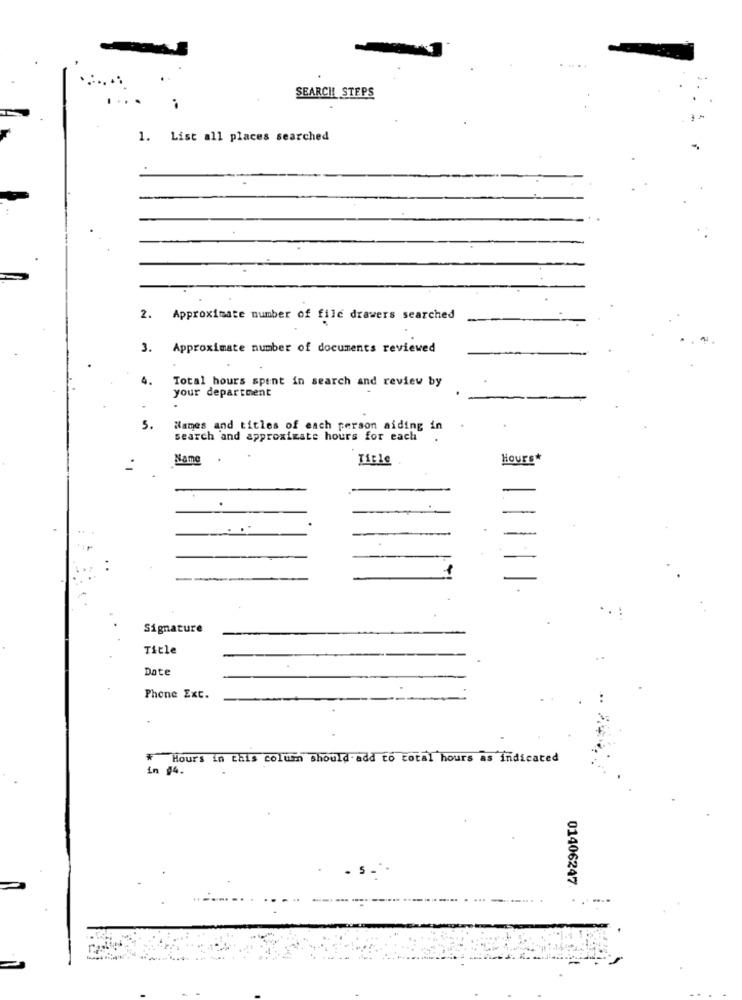
SEARCH STEPS
1. List all places searched
. Approximate number of file drawers searched
3.
Approximate number of documents reviewed
4.
Total hours spent in search and review by
your department
5.
Names and titles of each person aiding in
search and approximate hours for each
Name
.
Ticle
Hours*
.
. ..
Signature
Title
Date
Phone Ext.
Hours in this column should add to total hours as indicated
in #4.
01406247